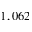
1 , 0 6 2